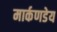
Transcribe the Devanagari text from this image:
मार्कणडेय